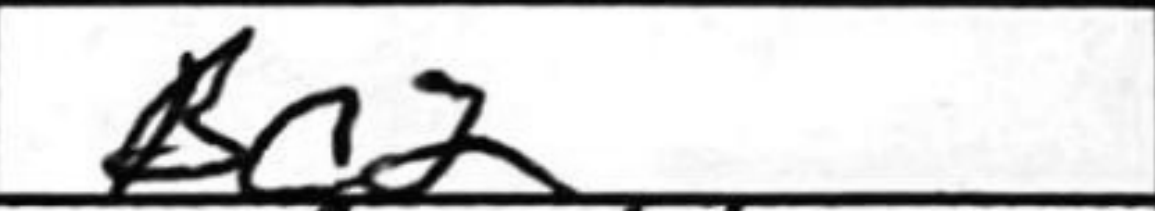
Transcription: Kc2